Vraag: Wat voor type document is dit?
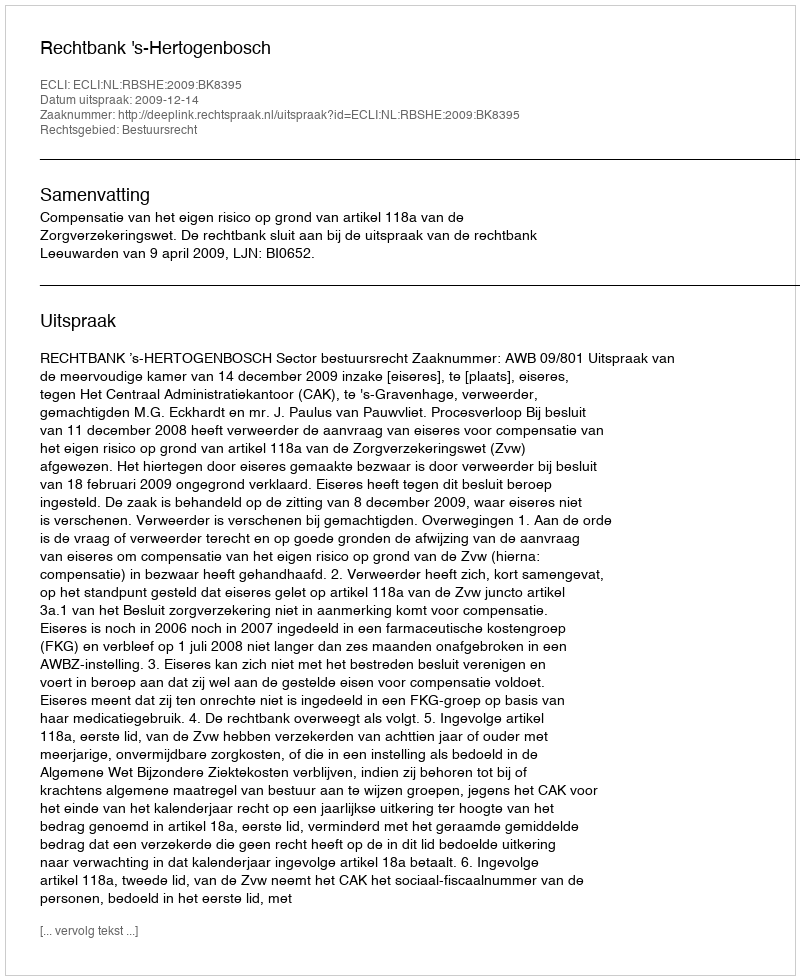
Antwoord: Uitspraak